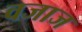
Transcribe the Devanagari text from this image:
वजाज